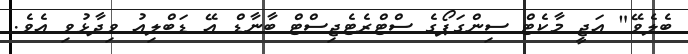
ބެލެވޭ" އަޖީ މާކެޓް ސިންގަޕޯގެ ސްޓްރެޓެޖިސްޓް ބާނާޑް އޭ ޑަބްލިއު ވިދާޅުވި އެވެ.